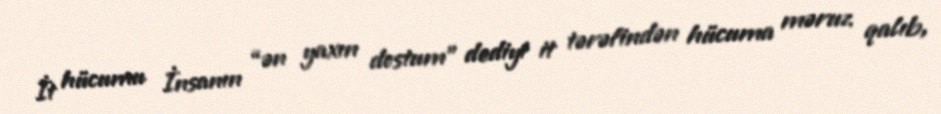
İt hücumu İnsanın “ən yaxın dostum” dediyi it tərəfindən hücuma məruz qalıb,